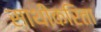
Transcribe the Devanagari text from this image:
साथीकरिता